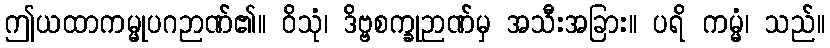
ဤယထာကမ္မုပဂဉာဏ်၏။ ဝိသုံ၊ ဒိဗ္ဗစက္ခုဉာဏ်မှ အသီးအခြား။ ပရိ ကမ္မံ၊ သည်။